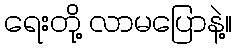
ရေးတို့ လာမပြောနဲ့။